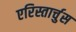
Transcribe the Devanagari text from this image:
एरिस्तार्चुस